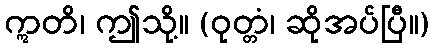
ဣတိ၊ ဤသို့။ (ဝုတ္တံ၊ ဆိုအပ်ပြီ။)